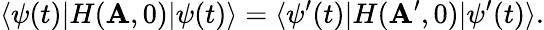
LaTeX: \langle\psi(t)|H({\mathbf A},0)|\psi(t)\rangle=\langle\psi^{\prime}(t)|H({\mathbf A}^{\prime},0)|\psi^{\prime}(t)\rangle.